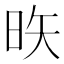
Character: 𪰕